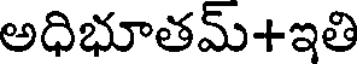
అధిభూతమ్+ఇతి